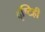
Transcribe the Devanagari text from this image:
दृष्टिही